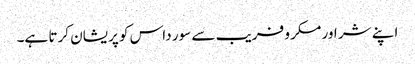
اپنے شر اور مکر و فریب سے سور داس کو پریشان کرتا ہے۔